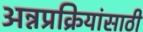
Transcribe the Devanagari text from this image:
अन्नप्रक्रियांसाठी